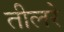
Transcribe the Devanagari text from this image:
तीलरे